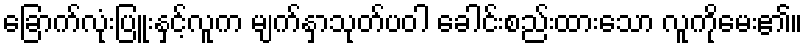
ခြောက်လုံးပြူးနှင့်လူက မျက်နှာသုတ်ပဝါ ခေါင်းစည်းထားသော လူကိုမေး၏။